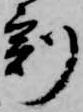
刻